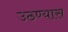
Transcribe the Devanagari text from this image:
उठण्यास